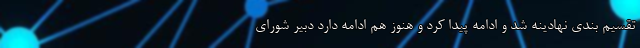
تقسیم بندی نهادینه شد و ادامه پیدا کرد و هنوز هم ادامه دارد دبیر شورای